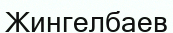
Жингелбаев